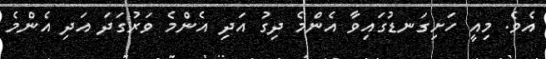
އެވެ. މިއީ ހަށިގަނޑުގައިވާ އެންމެ ދިގު އަދި އެންމެ ވަރުގަދަ އަދި އެންމެ